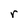
Character: r